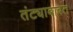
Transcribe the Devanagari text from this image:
तंट्याबाबत